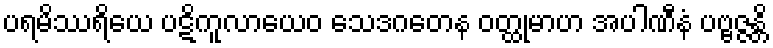
ပရမိဿရိယေ ပဋိကူလာယေဝ သေဒဂတေန ဝတ္ထုမာဟ အပါဏီနံ ပဗ္ဗဇ္ဇန္တိ